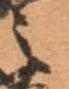
之